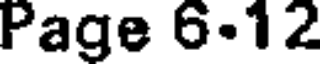
Page 6.12